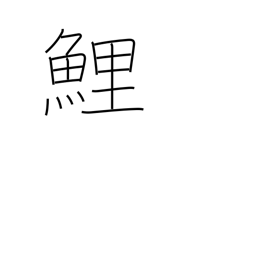
Meaning: carp